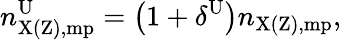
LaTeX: n_{\mathrm{X(Z),mp}}^{\mathrm{U}}=\left(1+\delta^{\mathrm{U}}\right)n_{\mathrm{X(Z),mp}},